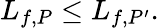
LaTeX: L_{f,P}\leq L_{f,P^{\prime}}.\,